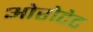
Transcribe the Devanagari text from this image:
ओरोटेट